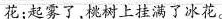
花;起雾了，桃树上挂满了冰花。